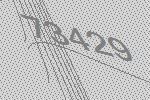
73429